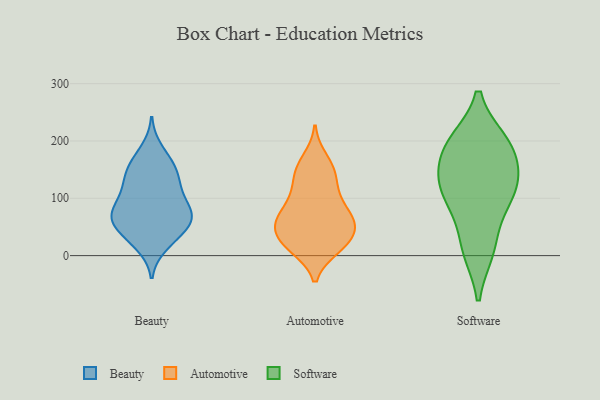
{"axis": {"x": "Bounce Rate (%)", "y": "Value"}, "legend": ["Automotive", "Beauty", "Software"], "data": [{"x": "", "y": 78, "type": "Beauty"}, {"x": "", "y": 62, "type": "Beauty"}, {"x": "", "y": 156, "type": "Beauty"}, {"x": "", "y": 185, "type": "Beauty"}, {"x": "", "y": 52, "type": "Beauty"}, {"x": "", "y": 62, "type": "Beauty"}, {"x": "", "y": 66, "type": "Beauty"}, {"x": "", "y": 134, "type": "Beauty"}, {"x": "", "y": 27, "type": "Beauty"}, {"x": "", "y": 71, "type": "Beauty"}, {"x": "", "y": 121, "type": "Beauty"}, {"x": "", "y": 70, "type": "Beauty"}, {"x": "", "y": 86, "type": "Beauty"}, {"x": "", "y": 18, "type": "Beauty"}, {"x": "", "y": 108, "type": "Beauty"}, {"x": "", "y": 115, "type": "Beauty"}, {"x": "", "y": 156, "type": "Beauty"}, {"x": "", "y": 36, "type": "Beauty"}, {"x": "", "y": 154, "type": "Beauty"}, {"x": "", "y": 15, "type": "Automotive"}, {"x": "", "y": 111, "type": "Automotive"}, {"x": "", "y": 23, "type": "Automotive"}, {"x": "", "y": 116, "type": "Automotive"}, {"x": "", "y": 61, "type": "Automotive"}, {"x": "", "y": 144, "type": "Automotive"}, {"x": "", "y": 48, "type": "Automotive"}, {"x": "", "y": 169, "type": "Automotive"}, {"x": "", "y": 59, "type": "Automotive"}, {"x": "", "y": 13, "type": "Automotive"}, {"x": "", "y": 22, "type": "Automotive"}, {"x": "", "y": 78, "type": "Automotive"}, {"x": "", "y": 145, "type": "Automotive"}, {"x": "", "y": 16, "type": "Automotive"}, {"x": "", "y": 45, "type": "Automotive"}, {"x": "", "y": 63, "type": "Automotive"}, {"x": "", "y": 97, "type": "Automotive"}, {"x": "", "y": 154, "type": "Automotive"}, {"x": "", "y": 71, "type": "Automotive"}, {"x": "", "y": 51, "type": "Automotive"}, {"x": "", "y": 122, "type": "Software"}, {"x": "", "y": 103, "type": "Software"}, {"x": "", "y": 128, "type": "Software"}, {"x": "", "y": 14, "type": "Software"}, {"x": "", "y": 81, "type": "Software"}, {"x": "", "y": 171, "type": "Software"}, {"x": "", "y": 196, "type": "Software"}, {"x": "", "y": 130, "type": "Software"}, {"x": "", "y": 198, "type": "Software"}, {"x": "", "y": 10, "type": "Software"}, {"x": "", "y": 194, "type": "Software"}]}